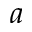
a